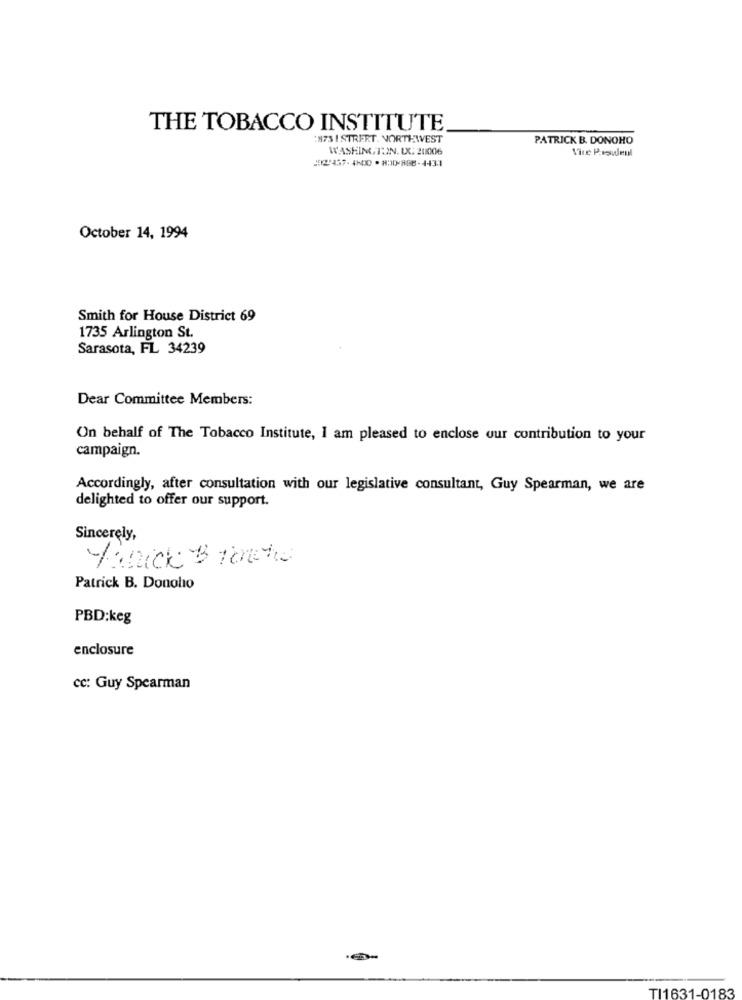
THE TOBACCO INSTITUTE
1973 | STRERT. NORTHWEST
PATRICK B. DONOHO
WASHINGTON. LX. 201006
October 14, 1994
Smith for House District 69
1735 Arlington St.
Sarasota, FL 34239
Dear Committee Members:
On behalf of The Tobacco Institute, I am pleased to enclose uur contribution to your
campaign.
Accordingly, after consultation with our legislative consultant, Guy Spearman, we are
delighted to offer our support.
Sincerely,
Patrick B. Donolio
PBD:keg
enclosure
cc: Guy Spearman
TI1631-0183